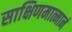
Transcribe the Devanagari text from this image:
साक्षिणमात्मानं